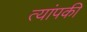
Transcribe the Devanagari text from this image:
त्यांपकी